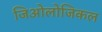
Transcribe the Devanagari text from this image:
जिओलोजिकल